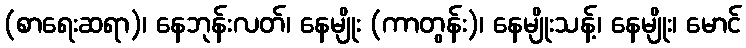
(စာရေးဆရာ)၊ နေဘုန်းလတ်၊ နေမျိုး (ကာတွန်း)၊ နေမျိုးသန့်၊ နေမျိုး၊ မောင်